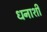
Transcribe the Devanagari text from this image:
धनाशी